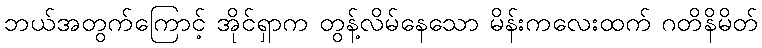
ဘယ်အတွက်ကြောင့် အိုင်ရှာက တွန့်လိမ်နေသော မိန်းကလေးထက် ဂတိနိမိတ်